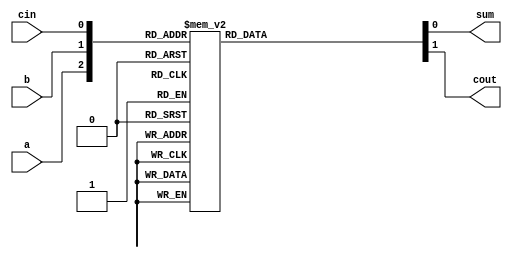
`timescale 1ns / 1ps
//////////////////////////////////////////////////////////////////////////////////
// Company: 
// Engineer: 
// 
// Design Name: 
// Module Name: full_adder_using_case_statement
// Project Name: 
// Target Devices: 
// Tool Versions: 
// Description: 
// 
// Dependencies: 
// 
// Revision:
// Revision 0.01 - File Created
// Additional Comments:
// 
//////////////////////////////////////////////////////////////////////////////////


module full_adder_using_case_statement(a,b,cin,sum,cout);
    input a,b,cin;
    output reg sum,cout;
    
    always @(a or b or cin)
    begin
        case ({a,b,cin})
            3'b000: begin sum=1'b0; cout=1'b0; end
            3'b001: begin sum=1'b1; cout=1'b0; end
            3'b010: begin sum=1'b1; cout=1'b0; end
            3'b011: begin sum=1'b0; cout=1'b1; end
            3'b100: begin sum=1'b1; cout=1'b0; end
            3'b101: begin sum=1'b0; cout=1'b1; end
            3'b110: begin sum=1'b0; cout=1'b1; end
            3'b111: begin sum=1'b1; cout=1'b1; end
            
        endcase
    end
endmodule